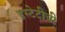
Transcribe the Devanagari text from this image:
इस्टेटीची